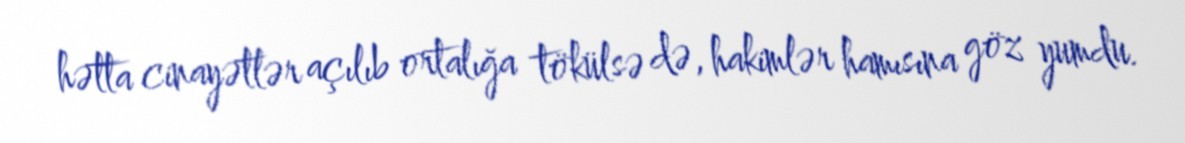
hətta cinayətlər açılıb ortalığa tökülsə də, hakimlər hamısına göz yumdu.